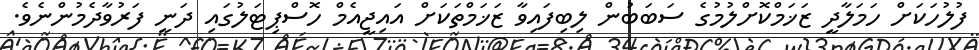
ފުލުހަކަށް ހަމަލާދީ ޒަޚަމްކޮށްލުމުގެ ސަބަބުން ލިބިފައިވާ ޒަޚަމްތަކަށް އައިޖީއެމް ހޮސްޕިޓަލުގައި ދަނީ ފަރުވާދެމުންނެވެ.